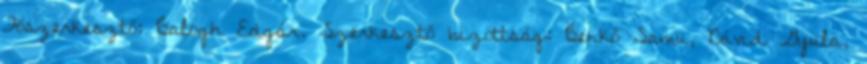
Főszerkesztő: Balogh Edgár. Szerkesztő bizottság: Benkő Samu, Dávid Gyula,